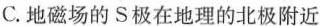
C.地磁场的S极在地理的北极附近